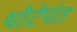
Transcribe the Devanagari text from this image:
थोटेपंत